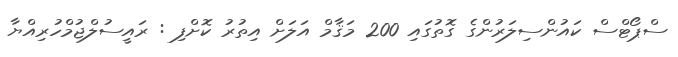
ސްޕޯޓްސް ކައުންސިލަރުންގެ ގޮތުގައި 200 މަޤާމް އަލަށް އިތުރު ކޮށްފި : ރައީސުލްޖުމްހުރިއްޔާ